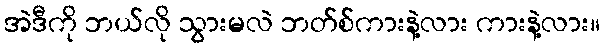
အဲဒီကို ဘယ်လို သွားမလဲ ဘတ်စ်ကားနဲ့လား ကားနဲ့လား။